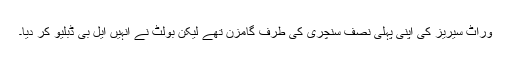
وراٹ سیریز کی اپنی پہلی نصف سنچری کی طرف گامزن تھے لیکن بولٹ نے انہیں ایل بی ڈبلیو کر دیا۔